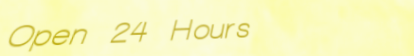
Open 24 Hours